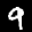
Label: 9